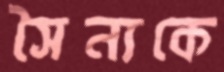
সৈন্যকে